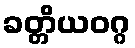
ခတ္တိယဝဂ္ဂ